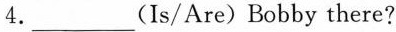
4.___(Is/Are) Bobby there?